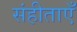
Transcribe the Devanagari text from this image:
संहीताएँ